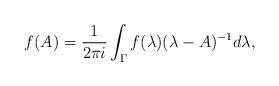
LaTeX: \begin{align*}f(A) = \frac{1}{2 \pi i} \int_{\Gamma} f(\lambda) (\lambda - A)^{-1} d\lambda ,\end{align*}